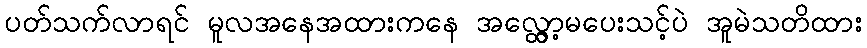
ပတ်သက်လာရင် မူလအနေအထားကနေ အလ္တွော့မပေးသင့်ပဲ အူမဲသတိထား